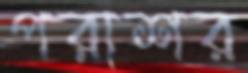
পরাশর